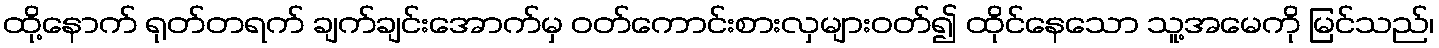
ထို့နောက် ရုတ်တရက် ချက်ချင်းအောက်မှ ဝတ်ကောင်းစားလှများဝတ်၍ ထိုင်နေသော သူ့အမေကို မြင်သည်၊